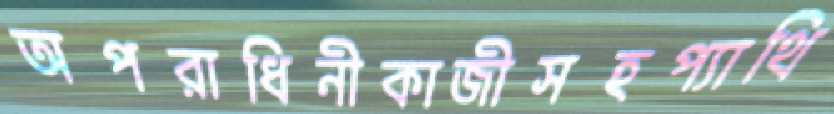
অপরাধিনীকাজীসহপ্যাথি